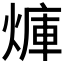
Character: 𪹜